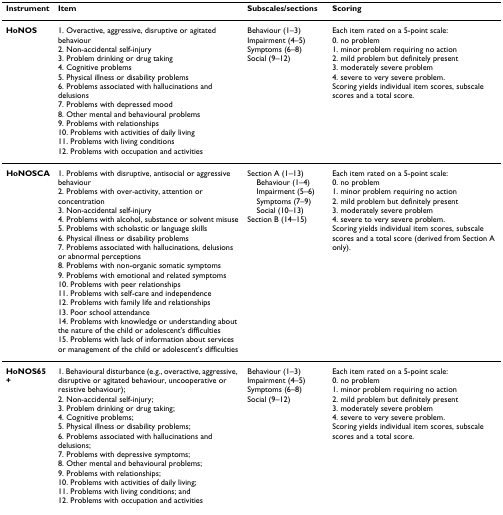
| Instrument | Item | Subscales/sections | Scoring |
 | --- | --- | --- | --- |
 | HoNOS | 1. Overactive, aggressive, disruptive or agitated behaviour2. Non-accidental self-injury3. Problem drinking or drug taking4. Cognitive problems5. Physical illness or disability problems6. Problems associated with hallucinations and delusions7. Problems with depressed mood8. Other mental and behavioural problems9. Problems with relationships10. Problems with activities of daily living11. Problems with living conditions12. Problems with occupation and activities | Behaviour (1–3)Impairment (4–5)Symptoms (6–8)Social (9–12) | Each item rated on a 5-point scale:0. no problem1. minor problem requiring no action2. mild problem but definitely present3. moderately severe problem4. severe to very severe problem.Scoring yields individual item scores, subscale scores and a total score. |
 | HoNOSCA | 1. Problems with disruptive, antisocial or aggressive behaviour2. Problems with over-activity, attention or concentration3. Non-accidental self-injury4. Problems with alcohol, substance or solvent misuse5. Problems with scholastic or language skills6. Physical illness or disability problems7. Problems associated with hallucinations, delusions or abnormal perceptions8. Problems with non-organic somatic symptoms9. Problems with emotional and related symptoms10. Problems with peer relationships11. Problems with self-care and independence12. Problems with family life and relationships13. Poor school attendance14. Problems with knowledge or understanding about the nature of the child or adolescent's difficulties15. Problems with lack of information about services or management of the child or adolescent's difficulties | Section A (1–13)Behaviour (1–4)Impairment (5–6)Symptoms (7–9)Social (10–13)Section B (14–15) | Each item rated on a 5-point scale:0. no problem1. minor problem requiring no action2. mild problem but definitely present3. moderately severe problem4. severe to very severe problem.Scoring yields individual item scores, subscale scores and a total score (derived from Section A only). |
 | HoNOS65+ | 1. Behavioural disturbance (e.g., overactive, aggressive, disruptive or agitated behaviour, uncooperative or resistive behaviour);2. Non-accidental self-injury;3. Problem drinking or drug taking;4. Cognitive problems;5. Physical illness or disability problems;6. Problems associated with hallucinations and delusions;7. Problems with depressive symptoms;8. Other mental and behavioural problems;9. Problems with relationships;10. Problems with activities of daily living;11. Problems with living conditions; and12. Problems with occupation and activities | Behaviour (1–3)Impairment (4–5)Symptoms (6–8)Social (9–12) | Each item rated on a 5-point scale:0. no problem1. minor problem requiring no action2. mild problem but definitely present3. moderately severe problem4. severe to very severe problem.Scoring yields individual item scores, subscale scores and a total score. |